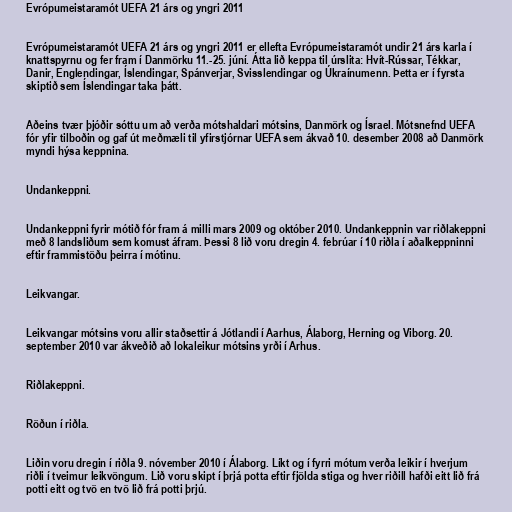
Evrópumeistaramót UEFA 21 árs og yngri 2011

Evrópumeistaramót UEFA 21 árs og yngri 2011 er ellefta Evrópumeistaramót undir 21 árs karla í
knattspyrnu og fer fram í Danmörku 11.-25. júní. Átta lið keppa til úrslita: Hvít-Rússar, Tékkar,
Danir, Englendingar, Íslendingar, Spánverjar, Svisslendingar og Úkraínumenn. Þetta er í fyrsta
skiptið sem Íslendingar taka þátt.

Aðeins tvær þjóðir sóttu um að verða mótshaldari mótsins, Danmörk og Ísrael. Mótsnefnd UEFA
fór yfir tilboðin og gaf út meðmæli til yfirstjórnar UEFA sem ákvað 10. desember 2008 að Danmörk
myndi hýsa keppnina.

Undankeppni.

Undankeppni fyrir mótið fór fram á milli mars 2009 og október 2010. Undankeppnin var riðlakeppni
með 8 landsliðum sem komust áfram. Þessi 8 lið voru dregin 4. febrúar í 10 riðla í aðalkeppninni
eftir frammistöðu þeirra í mótinu.

Leikvangar.

Leikvangar mótsins voru allir staðsettir á Jótlandi í Aarhus, Álaborg, Herning og Viborg. 20.
september 2010 var ákveðið að lokaleikur mótsins yrði í Arhus.

Riðlakeppni.

Röðun í riðla.

Liðin voru dregin í riðla 9. nóvember 2010 í Álaborg. Líkt og í fyrri mótum verða leikir í hverjum
riðli í tveimur leikvöngum. Lið voru skipt í þrjá potta eftir fjölda stiga og hver riðill hafði eitt lið frá
potti eitt og tvö en tvö lið frá potti þrjú.